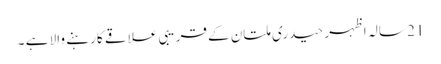
21 سالہ اظہر حیدری ملتان کے قریبی علاقے کا رہنے والا ہے ۔